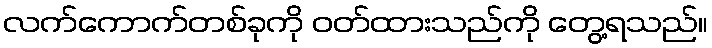
လက်ကောက်တစ်ခုကို ဝတ်ထားသည်ကို တွေ့ရသည်။